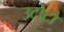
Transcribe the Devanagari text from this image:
उटोटो